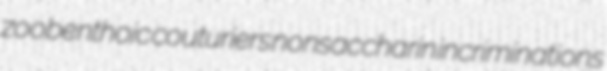
zoobenthoic couturiers nonsaccharin incriminations